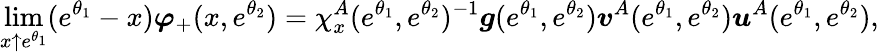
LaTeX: \operatorname*{lim}_{x\uparrow e^{\theta_{1}}}(e^{\theta_{1}}-x)\boldsymbol{\varphi}_{+}(x,e^{\theta_{2}})=\chi_{x}^{A}(e^{\theta_{1}},e^{\theta_{2}})^{-1}\boldsymbol{g}(e^{\theta_{1}},e^{\theta_{2}})\boldsymbol{v}^{A}(e^{\theta_{1}},e^{\theta_{2}})\boldsymbol{u}^{A}(e^{\theta_{1}},e^{\theta_{2}}),